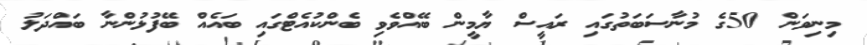
މިނިވަން 50ގެ މުނާސަބަތުގައި ރައީސް ޔާމީން ބޭއްވެވި ބެންކުއެޓްގައި ބައެއް ބޭފުޅުންނާ ބައްދަލު